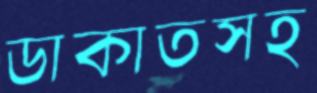
ডাকাতসহ